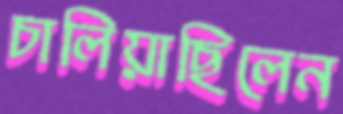
চালিয়াছিলেন